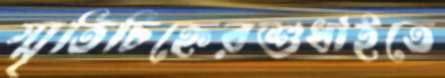
স্মৃতিচিহ্নেরশুধাইতে